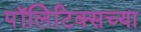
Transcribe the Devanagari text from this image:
पॉलिटिक्सच्या